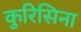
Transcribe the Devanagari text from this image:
कुरिसिना